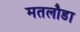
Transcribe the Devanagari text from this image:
मतलौडा